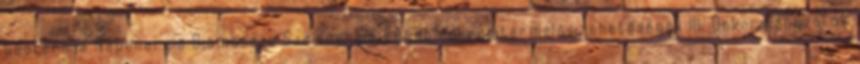
Geotermia Napenergia Biomassza Szélenergia Egyéb energiatermelési lehetőségek III. Önkormányzatok